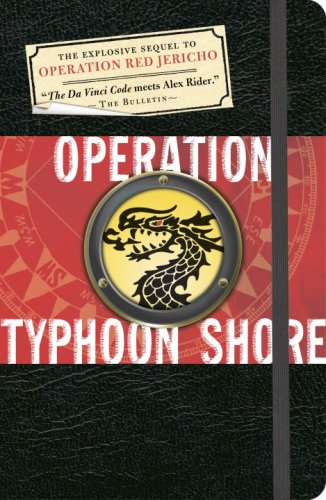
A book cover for Operation Typhoon Shore: The Guild of Specialists Book 2; Joshua Mowll; Teen & Young Adult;